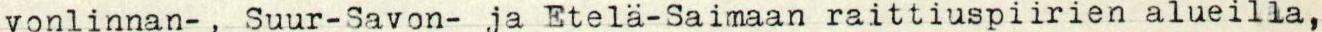
vonlinnan-, Suur-Savon- ja Etelä-Saimaan raittiuspiirien alueilla,